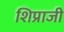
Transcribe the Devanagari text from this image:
शिप्राजी